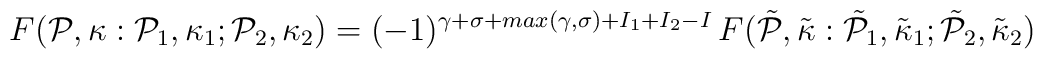
F( {\cal P}, \kappa: {\cal P}_1, {\kappa}_1; {\cal P}_2, {\kappa}_2)   = (-1)^{\gamma + \sigma + max(\gamma,\sigma) + I_1 +I_2 - I} \,  F( \tilde{\cal P}, \tilde{\kappa}: \tilde{\cal P}_1, \tilde{\kappa}_1; \tilde{\cal P}_2, \tilde{\kappa}_2)